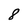
Character: 8